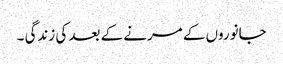
جانوروں کے مرنے کے بعد کی زندگی ۔